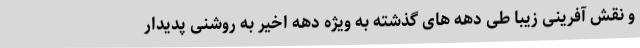
و نقش آفرینی زیبا طی دهه های گذشته به ویژه دهه اخیر به روشنی پدیدار